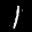
Label: 1